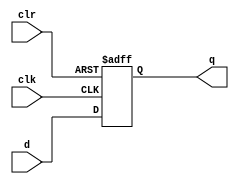
module my_dffnr_p (
    input d,
    clk,
    clr,
    output reg q
);
  initial q <= 1'b0;
  always @(negedge clk or posedge clr)
    if (clr) q <= 1'b0;
    else q <= d;
endmodule